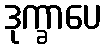
ဒုက္ခာပေ